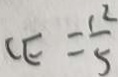
C E = \frac { 1 2 } { 5 }